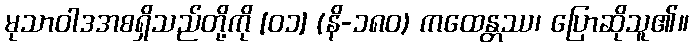
မုသာဝါဒအစရှိသည်တို့ကို [၀၁] (နိ-၁၈၀) ကထေန္တဿ၊ ပြောဆိုသူ၏။